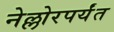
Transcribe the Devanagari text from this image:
नेल्लोरपर्यंत